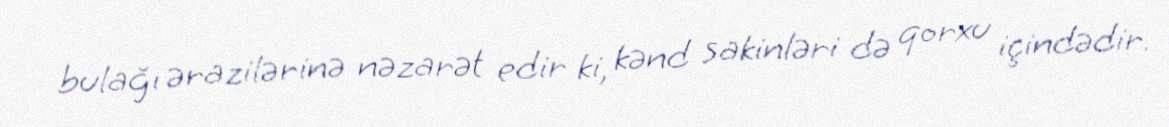
bulağı ərazilərinə nəzarət edir ki, kənd sakinləri də qorxu içindədir.